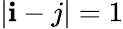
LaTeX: \vert\mathbf{i}-j\vert=1